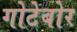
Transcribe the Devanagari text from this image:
गोटेबोर